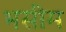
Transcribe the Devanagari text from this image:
भसीम